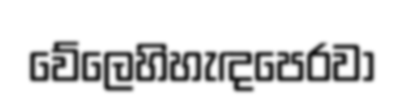
වේලෙහිහැඳපෙරවා